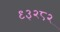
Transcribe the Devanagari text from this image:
९३२८२